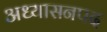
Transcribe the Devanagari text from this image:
अध्यासनपद